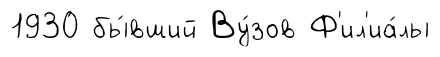
1930 бы́вший Ву́зов Ф'ил'иа́лы